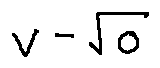
v - \sqrt { o }